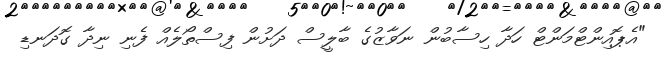
"އެޕޮއިންޓްމަންޓް ހަދާ ހިސާބުން ނަވާޒުގެ ބާލީސް ދަށުން ފިސްތޯލެއް ފެނި ނިދާ ގޮދަނޑި